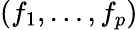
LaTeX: (f_{1},\ldots,f_{p})